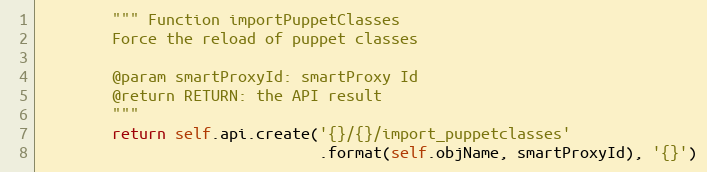
Language: Python
        """ Function importPuppetClasses
        Force the reload of puppet classes

        @param smartProxyId: smartProxy Id
        @return RETURN: the API result
        """
        return self.api.create('{}/{}/import_puppetclasses'
                               .format(self.objName, smartProxyId), '{}')